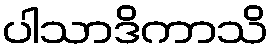
ပါသာဒိကာသိ